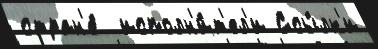
стран'е́  исполн'и́т'ел'и Ссы́лк'и